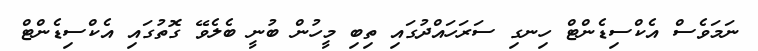
ނަމަވެސް އެކްސިޑެންޓް ހިނގި ސަރަހައްދުގައި ތިބި މީހުން ބުނީ ބެލެވޭ ގޮތުގައި އެކްސިޑެންޓް